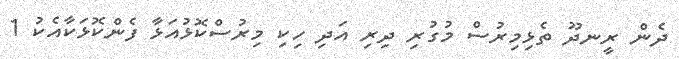
ދެން ރީނދޫ ތެޅިމިރުސް މުގުރި ދިރި އަދި ހިކި މިރުސްކޮޅުއަޅާ ފެންކޮޅަކާއެކު 1